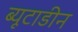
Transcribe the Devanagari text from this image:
ब्यूटाडीन